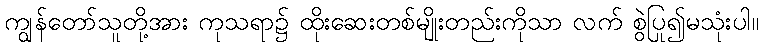
ကျွန်တော်သူတို့အား ကုသရာ၌ ထိုးဆေးတစ်မျိုးတည်းကိုသာ လက် စွဲပြု၍မသုံးပါ။